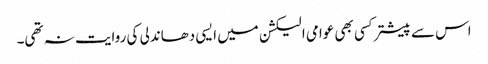
اس سے پیشتر کسی بھی عوامی الیکشن میں ایسی دھاندلی کی روایت نہ تھی۔